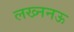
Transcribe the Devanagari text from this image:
लख्ननऊ